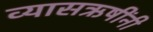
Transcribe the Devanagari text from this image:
व्यासऋषींनी